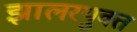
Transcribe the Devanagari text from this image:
झालरयुक्त